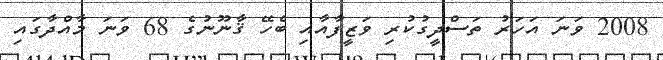
2008 ވަނަ އަހަރު ތަސްދީގުކުރި ވަޒީފާއާއި ބެހޭ ޤާނޫނުގެ 68 ވަނަ މާއްދާގައި